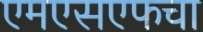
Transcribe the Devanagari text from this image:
एमएसएफचा